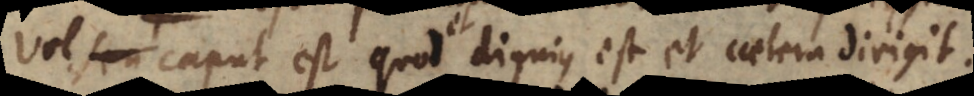
l caput est quod et dignius est et caetera dirigit.